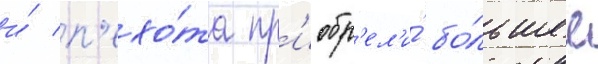
и́ п'ехо́та пр'иобр'ел'и́ бо́льшее